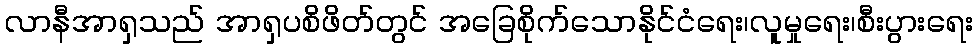
လာနီအာရှသည် အာရှပစိဖိတ်တွင် အခြေစိုက်သောနိုင်ငံရေး၊လူမှုရေး၊စီးပွားရေး